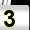
Digit: 3